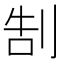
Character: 𠜯